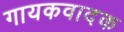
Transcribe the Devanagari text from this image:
गायकवादक